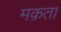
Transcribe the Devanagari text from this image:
मक़ता